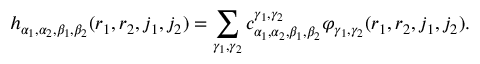
h _ { \alpha _ { 1 } , \alpha _ { 2 } , \beta _ { 1 } , \beta _ { 2 } } ( r _ { 1 } , r _ { 2 } , j _ { 1 } , j _ { 2 } ) = \sum _ { \gamma _ { 1 } , \gamma _ { 2 } } c _ { \alpha _ { 1 } , \alpha _ { 2 } , \beta _ { 1 } , \beta _ { 2 } } ^ { \gamma _ { 1 } , \gamma _ { 2 } } \varphi _ { \gamma _ { 1 } , \gamma _ { 2 } } ( r _ { 1 } , r _ { 2 } , j _ { 1 } , j _ { 2 } ) .